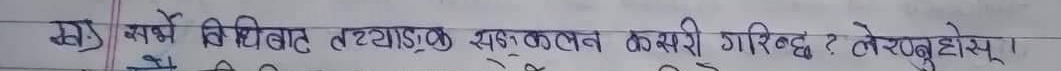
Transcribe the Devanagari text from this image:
स) सर्बे विधिवत तथ्याङ्क सङ्कलन कसरी गरिन्छ ? लेख्नुहोस् ।